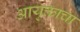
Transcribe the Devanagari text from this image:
आयुक्ताचा